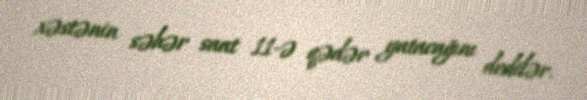
xəstənin səhər saat 11-ə qədər yatacağını dedilər.